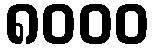
၈၀၀၀